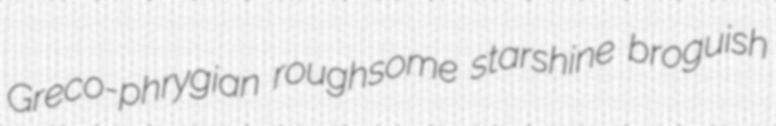
Greco-phrygian roughsome starshine broguish